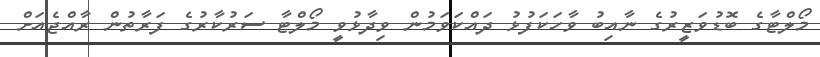
މޯލްޓާގެ ބޮޑުވަޒީރުގެ ނާއިބު ވާހަކަފުޅު ދައްކަވަމުން ވިދާޅުވީ މޯލްޓާ ސަރުކާރުގެ ފަރާތުން ރާއްޖެއަށް